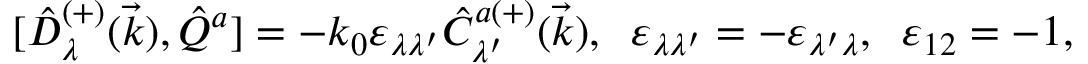
{ [ } \hat { D } _ { \lambda } ^ { ( + ) } ( \vec { k } ) , \hat { Q } ^ { a } ] = - k _ { 0 } \varepsilon _ { \lambda \lambda ^ { \prime } } \hat { C } _ { \lambda ^ { \prime } } ^ { a ( + ) } ( \vec { k } ) , \; \; \varepsilon _ { \lambda \lambda ^ { \prime } } = - \varepsilon _ { \lambda ^ { \prime } \lambda } , \; \; \varepsilon _ { 1 2 } = - 1 ,